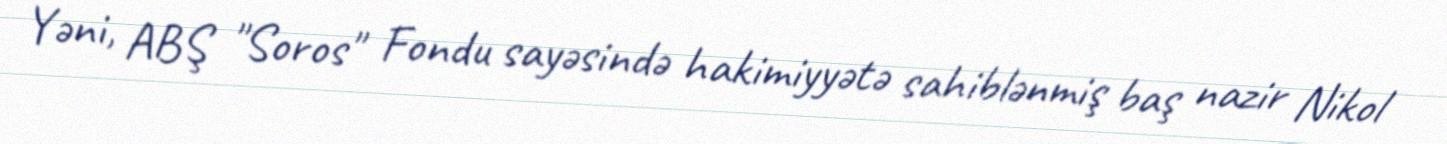
Yəni, ABŞ "Soros" Fondu sayəsində hakimiyyətə sahiblənmiş baş nazir Nikol